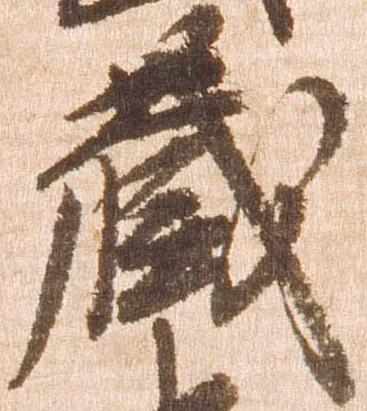
蔵